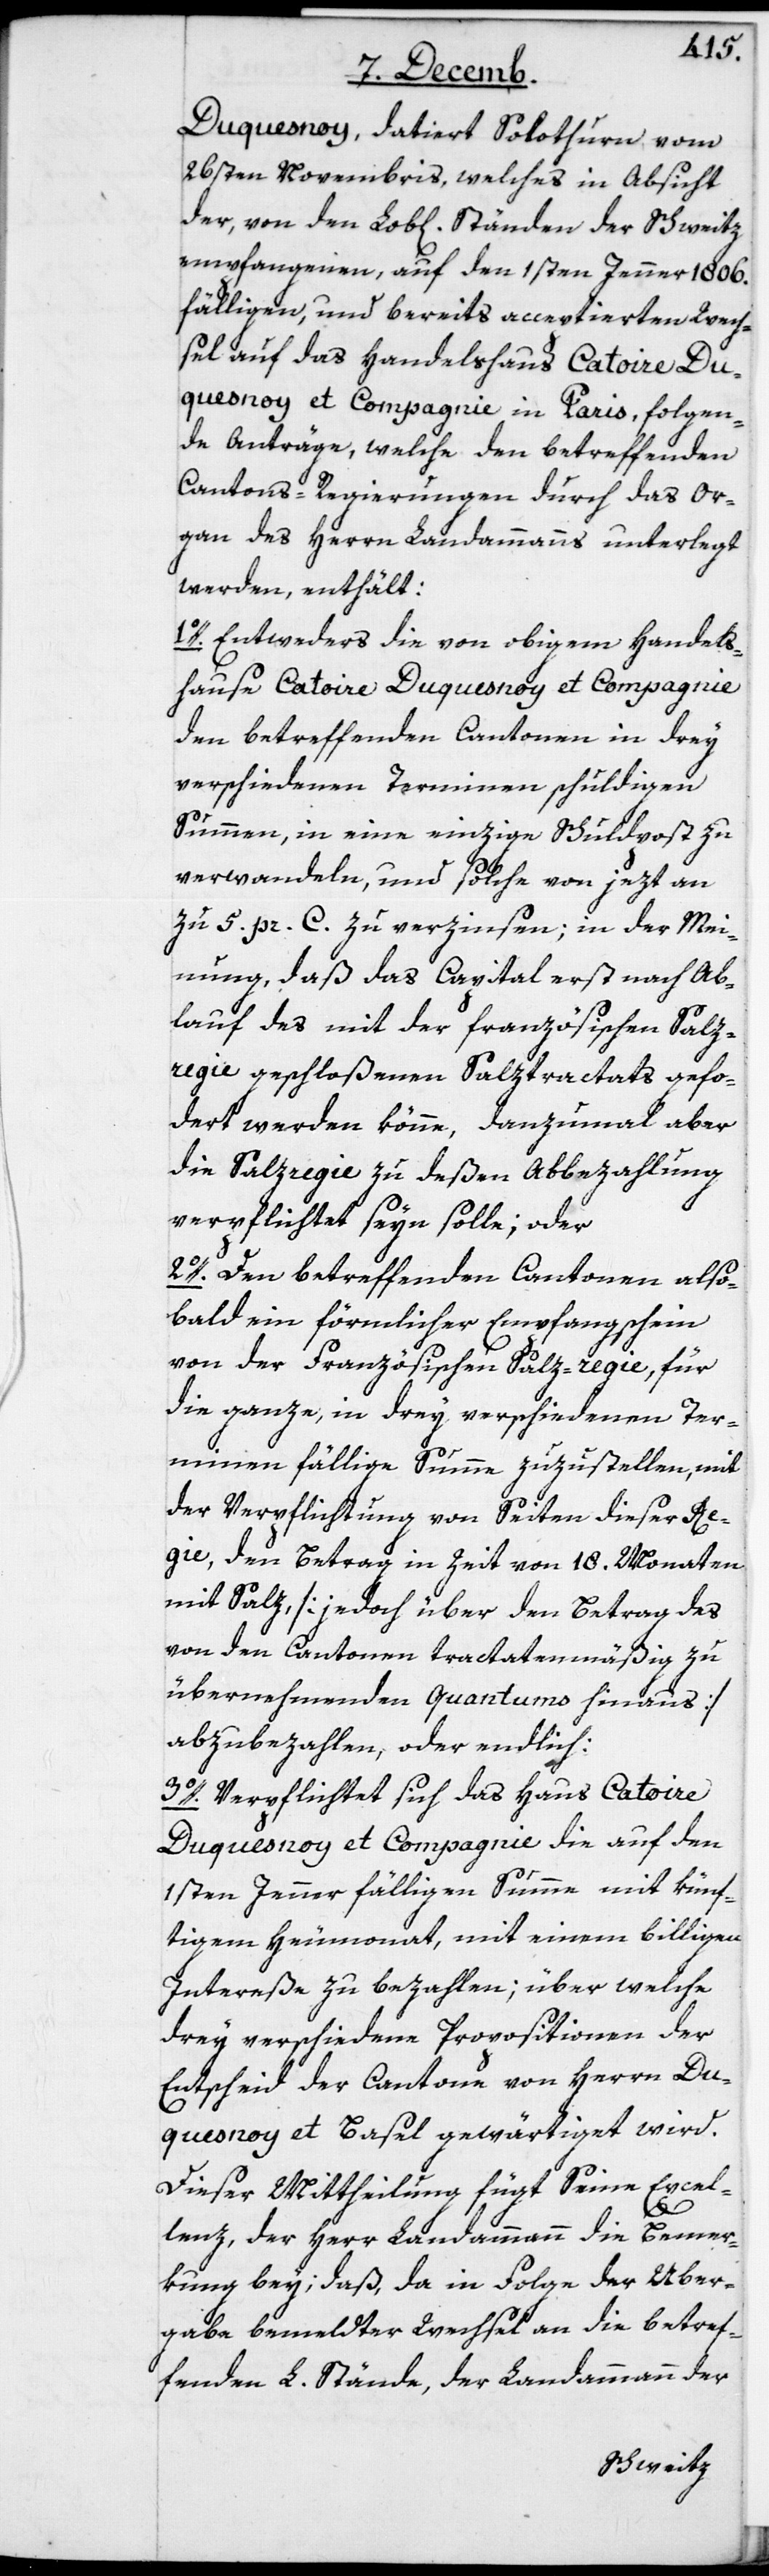
Duquesnoy, datiert Solothurn vom
26sten Novembris, welches in Absicht
der, von den Lob[lichen] Ständen der Schweitz
empfangenen, auf den 1sten Jenner 1806.
fälligen, und bereits acceptierten Wech¬
sel auf das Handelshaus Catoire Du¬
quesnoy et Compagnie in Paris, folgen¬
de Anträge, welche den betreffenden
Cantonsregierungen durch das Or¬
gan des Herrn Landammanns unterlegt
werden, enthält:
1o. Entweders die von obigem Handels¬
hause Catoire Duquesnoy et Compagnie
den betreffenden Cantonen in drey
verschiedenen Terminen schuldigen
Summen, in eine einzige Schuldpost zu
verwandeln, und solche von jezt an
zu 5. pr. C. zu verzinsen; in der Mei¬
nung, daß das Capital erst nach Ab¬
lauf des mit der französischen Salz¬
regie geschloßenen Salztractats gefor¬
dert werden könne, danzumal aber
die Salzregie zu deßen Abbezahlung
verpflichtet seyn solle; oder
2o. Den betreffenden Cantonen also¬
bald ein förmlicher Empfangsschein
von der Französischen Salz-regie, für
die ganze, in drey verschiedenen Ter¬
minen fällige Summe zuzustellen, mit
der Verpflichtung von Seiten dieser Re¬
gie, den Betrag in Zeit von 18. Monaten
mit Salz, [jedoch über den Betrag des
von den Cantonen tractatenmäßig zu
übernehmenden Quantums hinaus]
abzubezahlen, oder endlich:
3o. Verpflichtet sich das Haus Catoire
Duquesnoy et Compagnie die auf den
1sten Jenner fälligen Summe mit künf¬
tigem Heumonat, mit einem billigen
Intereße zu bezahlen; über welche
drey verschiedene Propositionen der
Entscheid der Cantone von Herrn Du¬
quesnoy et Basel gewärtiget wird.
Dieser Mittheilung fügt Seine Excel¬
lenz, der Herr Landammann die Bemer¬
kung bey; daß, da in Folge der Uber¬
gabe bemeldter Wechsel an die betref¬
fenden L. Stände, der Landammann der